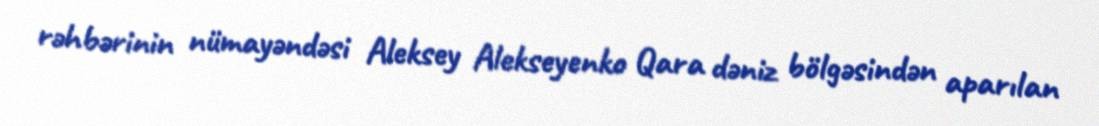
rəhbərinin nümayəndəsi Aleksey Alekseyenko Qara dəniz bölgəsindən aparılan